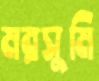
মরসুমি